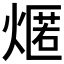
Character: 𤎐